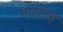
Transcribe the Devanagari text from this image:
भारतीचे